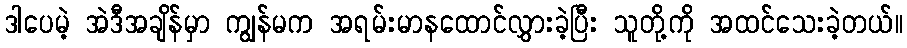
ဒါပေမဲ့ အဲဒီအချိန်မှာ ကျွန်မက အရမ်းမာနထောင်လွှားခဲ့ပြီး သူတို့ကို အထင်သေးခဲ့တယ်။